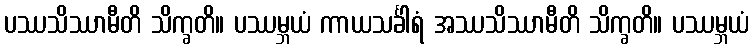
ပဿသိဿာမီတိ သိက္ခတိ။ ပဿမ္ဘယံ ကာယသင်္ခါရံ အဿသိဿာမီတိ သိက္ခတိ။ ပဿမ္ဘယံ